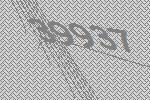
39937